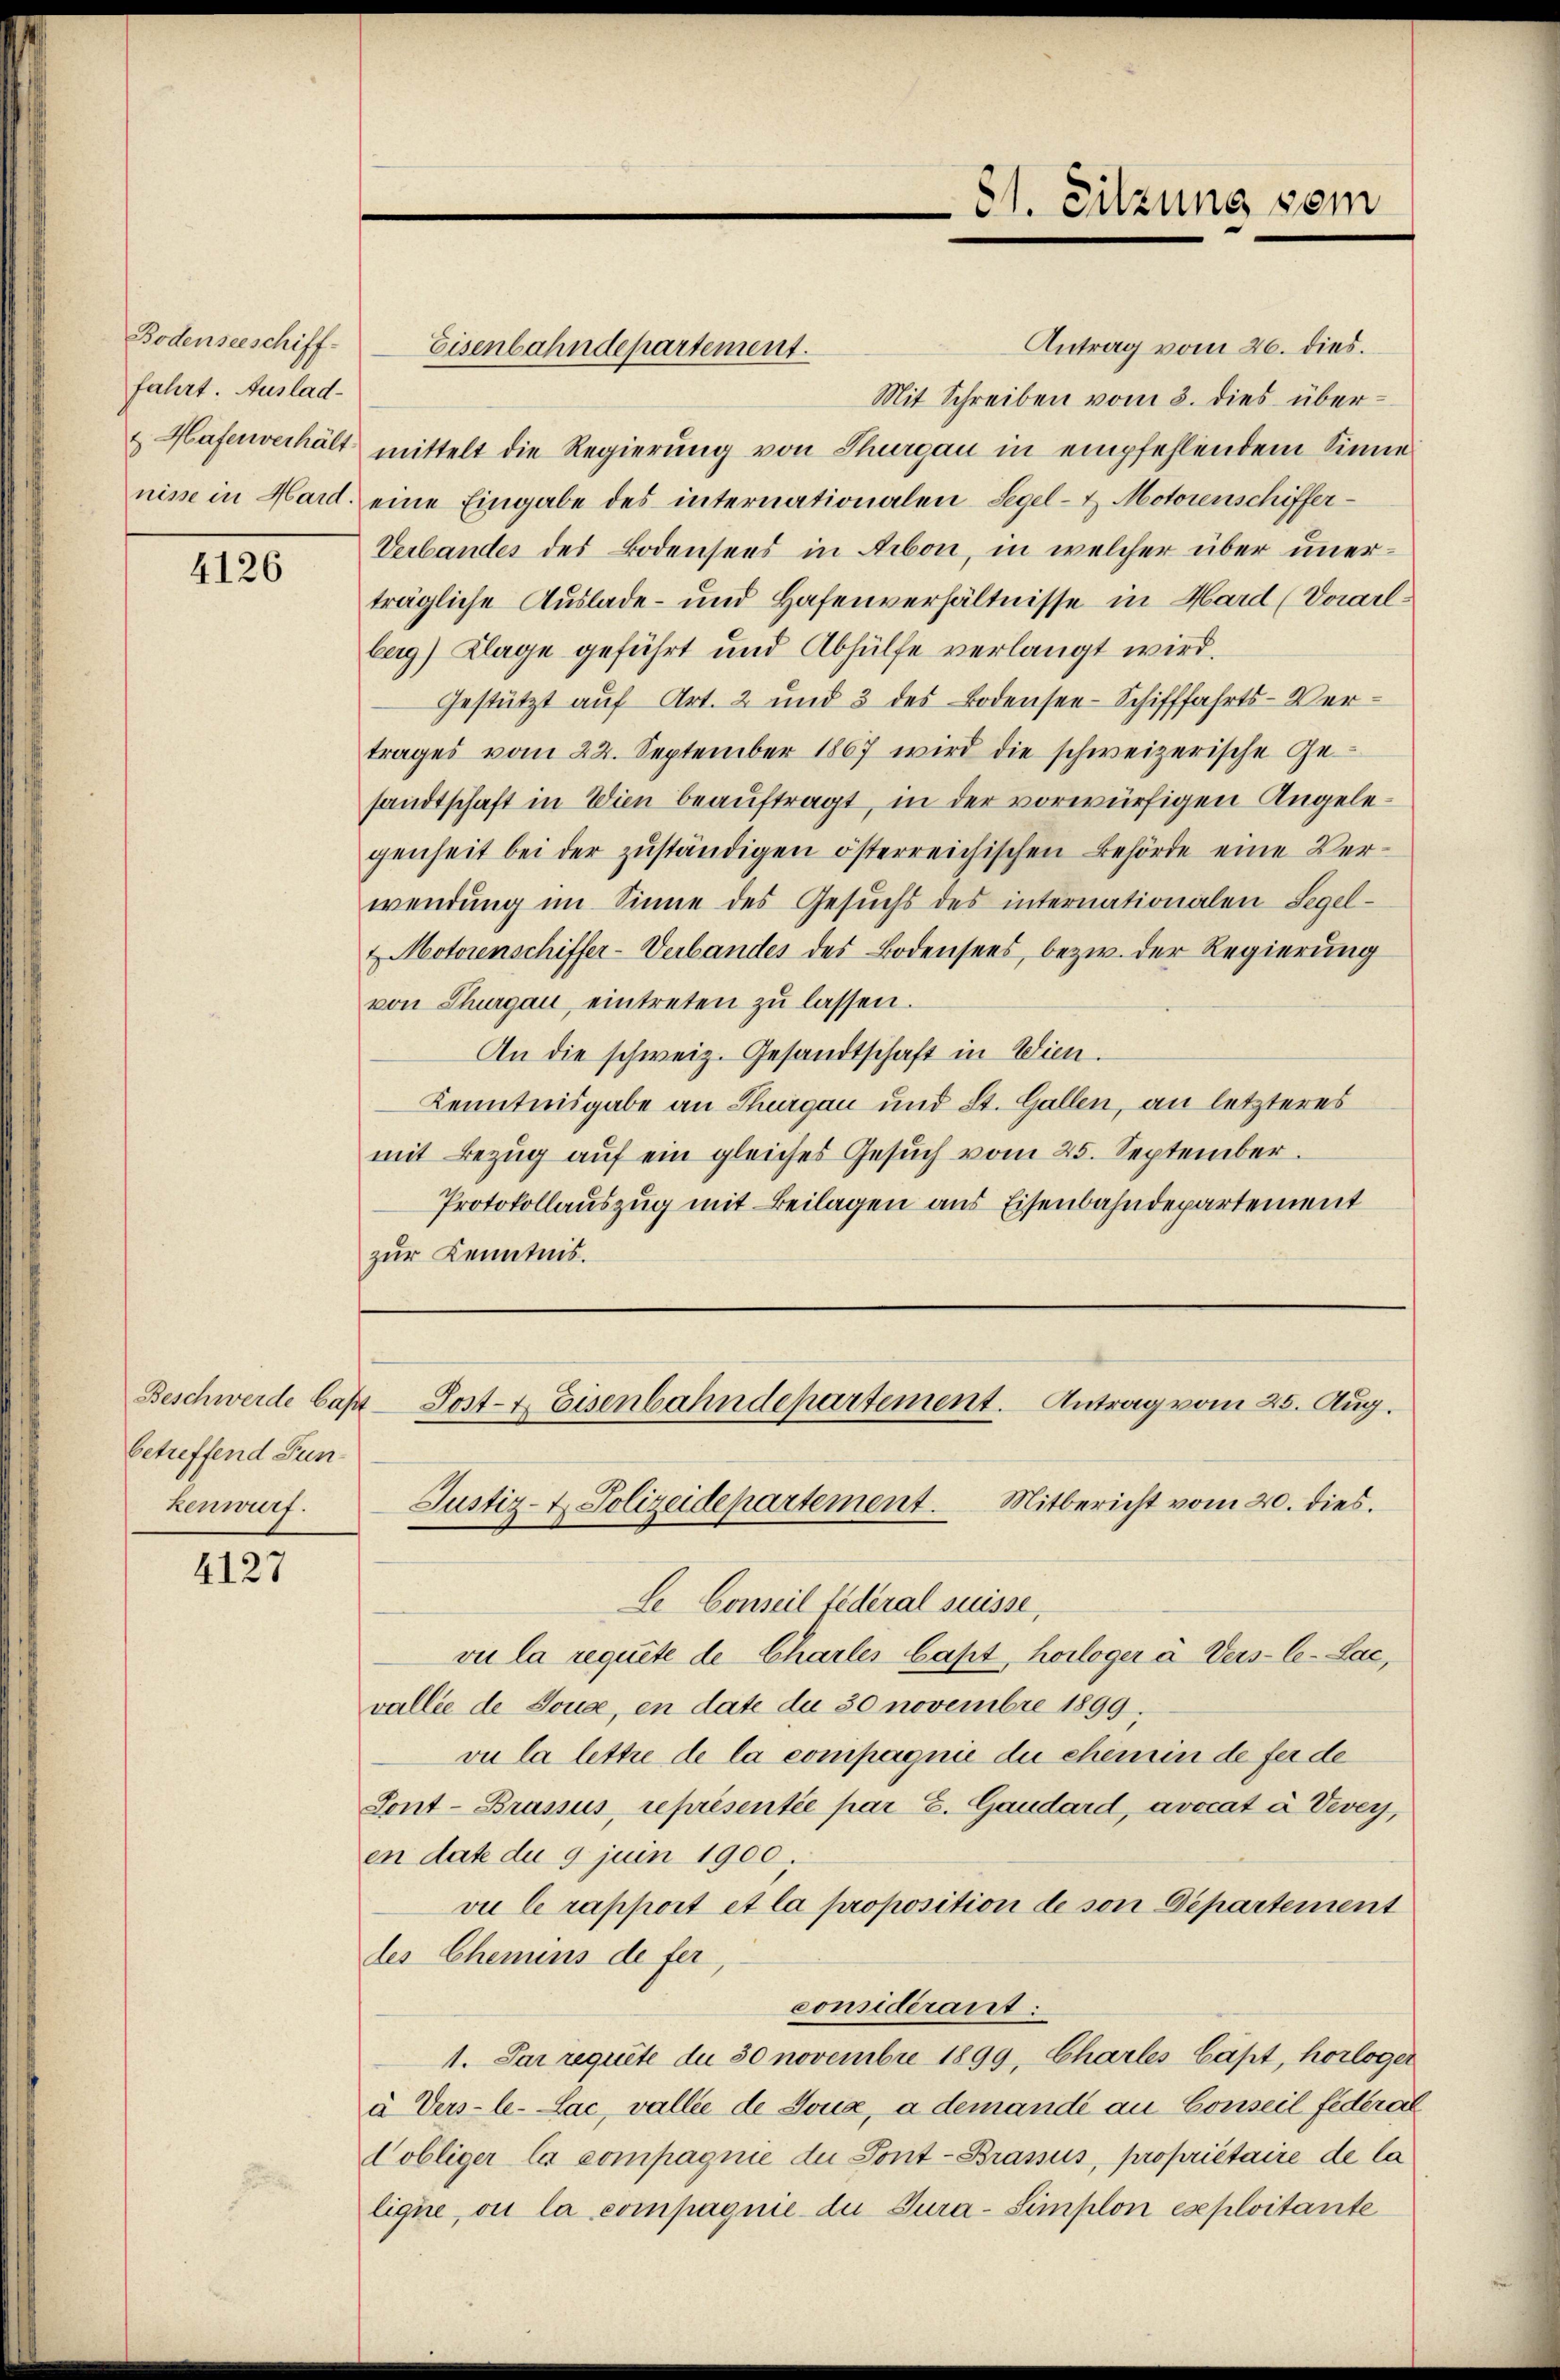
Bodenseeschiff-
fahrt. Auslad¬

4126

betreffend Funkenwurf.

4127

81. Sitzung vom

Antrag vom 26. dies.
Eisenbahndepartement.
Mit Schreiben vom 3. dies über¬
& Haferverhält mittelt die Regierung von Thurgau in empfehlendem Sinne
nisse in Hard, eine Eingabe des internationalen Segel- & Motorenschiffer¬
Verbandes des Bodensees in Arbon, in welcher über unerträgliche Auslade- und Hafenverhältnisse in Hard (Daarlberg) Klage geführt und Abhülfe verlangt wird.
Gestützt auf Art. 2 und 3 des Bodensee-Schifffahrts-Ver-
trages vom 22. September 1867 wird die schweizerische Gesandtschaft in Wien beauftragt, in der vorwürfigen Angelegenheit bei der zŭständigen österreichischen Behörde eine Verwendŭng im Sinne des Gesŭchs des internationalen Segel-
& Motorenschiffer-Verbandes des Bodensees, bezw. der Regierung
von Thurgau, eintreten zŭ lassen.
An die schweiz. Gesandtschaft in Wien.
Kenntnisgabe an Thurgau und St. Gallen, an letzteres
mit Bezŭg aŭf ein gleiches Gesŭch vom 25. September.
Protokollauszug mit Beilagen aus Eisenbahndepartement
zur Kenntnis.

Le Conseil fédéral suisse,
vi la requite de Charles Gast, horloger à Vers-le-Lac,
vallie de Joux, en date du 30 novembre 1899.
vi la lettre de la compagnie du chemin de fer de
Sont-Brassus, représentée par Z. Gaudard, avocat à Vevey,
en date du 9 juin 1900.
vie le rapport et la proposition de von Departement
des Chemins de fer
considerant:
1. Par requite du 30 novembre 1899, Charles läßt, horloger
à Vers-le-Lac, vallee de Joux, a demandé au Conseil federal
Vobliger la compagnie die Font-Brassus, propriétaire de la
lique, ou la compagnie die Tura-Simplon exploitante

Beschwerde bas Sost- & Eisenbahndepartement. Antrag vom 25. Aug.
Justiz- & Polizeidepartement. Mitbericht vom 20. dies.